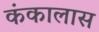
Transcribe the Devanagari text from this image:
कंकालास